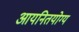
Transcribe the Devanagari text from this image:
आयनितयोग्य